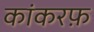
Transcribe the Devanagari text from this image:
कांकरफ़